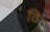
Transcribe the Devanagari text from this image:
ठि